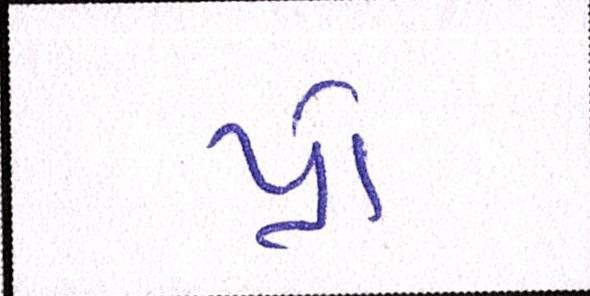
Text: પ્રો